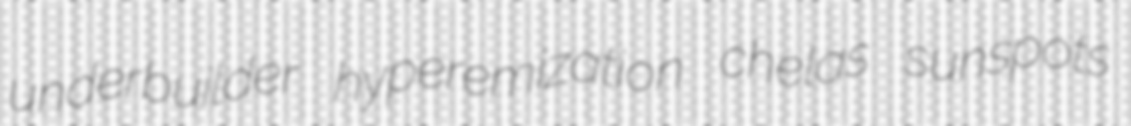
underbuilder hyperemization chelas sunspots